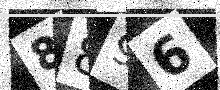
Text: 8896